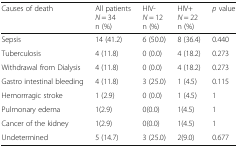
| Causes of death | All patientsN = 34n (%) | HIV-N = 12n (%) | HIV+N = 22n (%) | p value |
 | --- | --- | --- | --- | --- |
 | Sepsis | 14 (41.2) | 6 (50.0) | 8 (36.4) | 0.440 |
 | Tuberculosis | 4 (11.8) | 0 (0.0) | 4 (18.2) | 0.273 |
 | Withdrawal from Dialysis | 4 (11.8) | 0 (0.0) | 4 (18.2) | 0.273 |
 | Gastro intestinal bleeding | 4 (11.8) | 3 (25.0) | 1 (4.5) | 0.115 |
 | Hemorrragic stroke | 1 (2.9) | 0 (0.0) | 1 (4.5) | 1 |
 | Pulmonary edema | 1(2.9) | 0(0.0) | 1(4.5) | 1 |
 | Cancer of the kidney | 1(2.9) | 0(0.0) | 1(4.5) | 1 |
 | Undetermined | 5 (14.7) | 3 (25.0) | 2(9.0) | 0.677 |